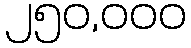
၂၅၀,၀၀၀